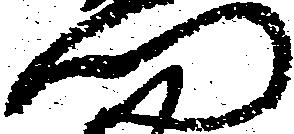
門